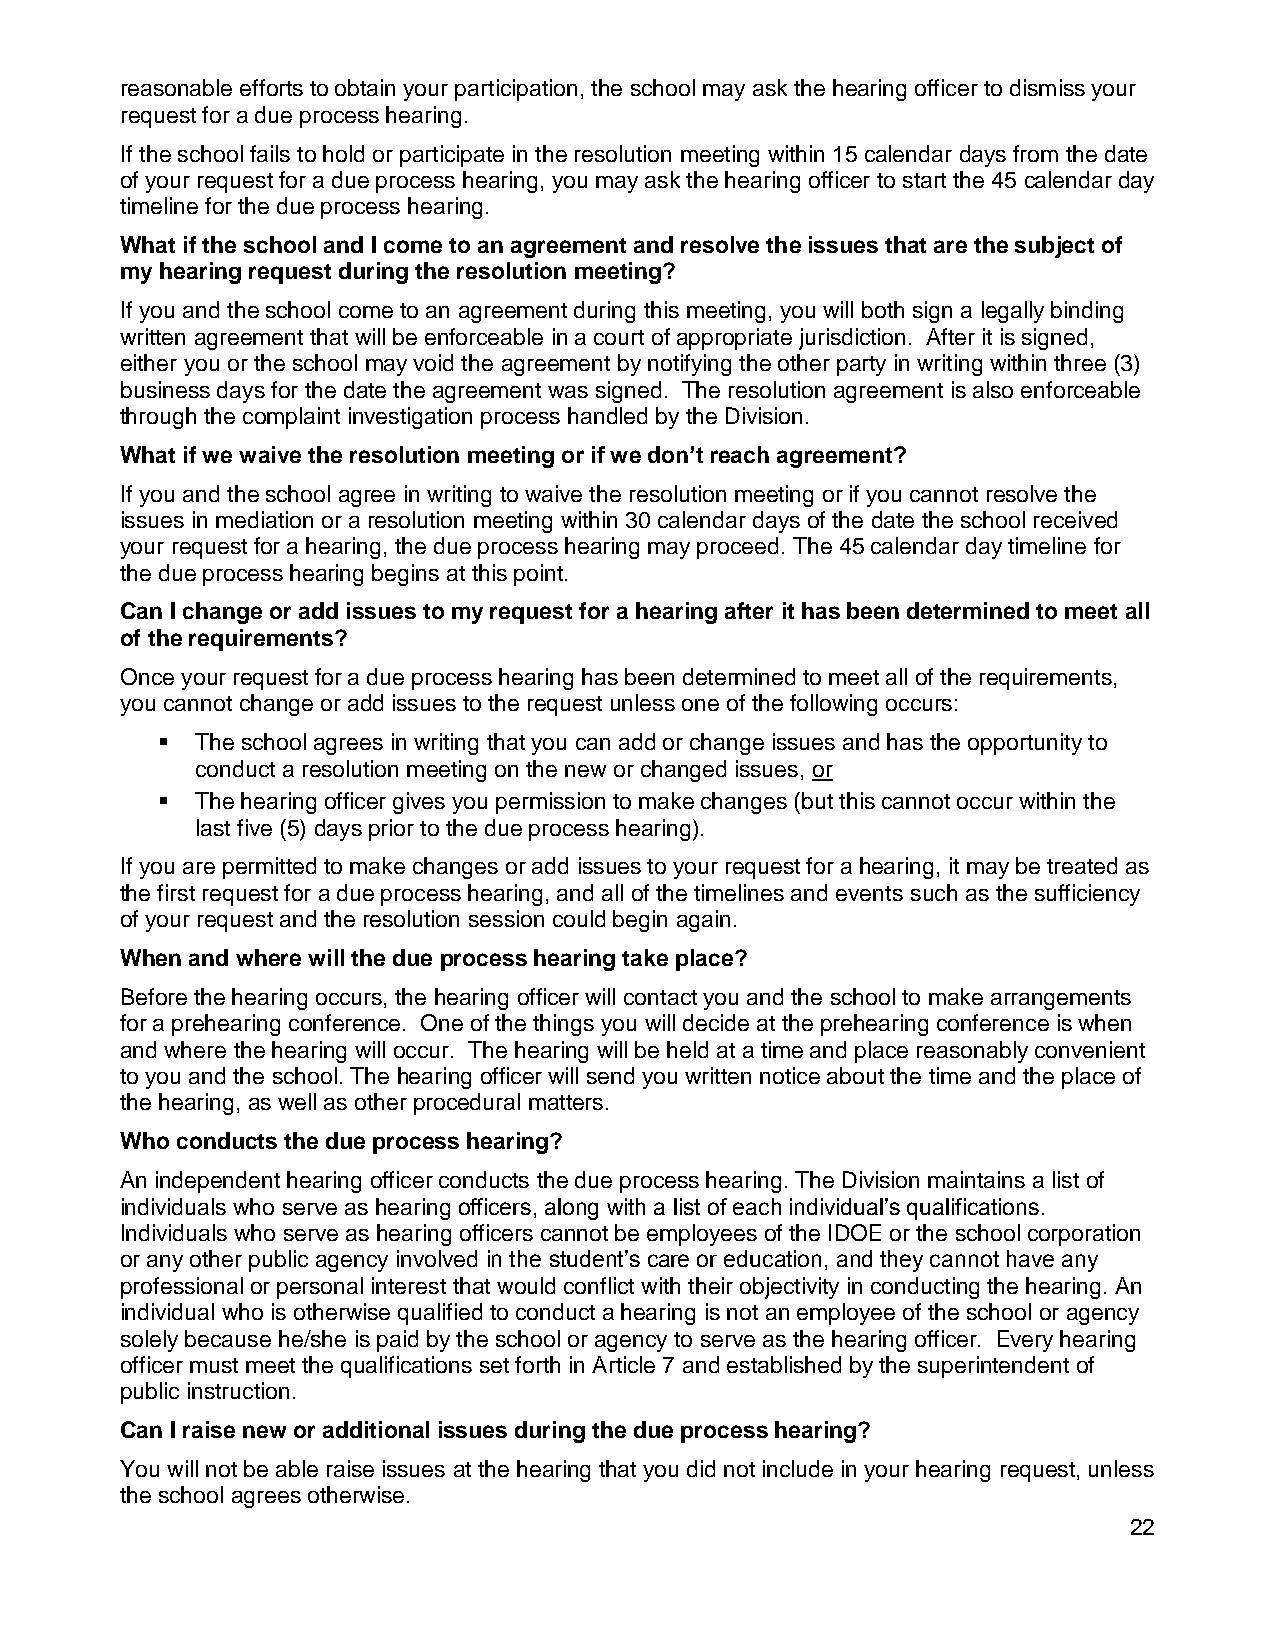
reasonable efforts to obtain your participation, the school may ask the hearing officer to dismiss your
 request for a due process hearing.
 If the school fails to hold or participate in the resolution meeting within 15 calendar days from the date
 of your request for a due process hearing, you may ask the hearing officer to start the 45 calendar day
 timeline for the due process hearing.
 What if the school and I come to an agreement and resolve the issues that are the subject of
 my hearing request during the resolution meeting?
 If you and the school come to an agreement during this meeting, you will both sign a legally binding
 written agreement that will be enforceable in a court of appropriate jurisdiction. After it is signed,
 either you or the school may void the agreement by notifying the other party in writing within three (3)
 business days for the date the agreement was signed. The resolution agreement is also enforceable
 through the complaint investigation process handled by the Division.
 What if we waive the resolution meeting or if we don’t reach agreement?
 If you and the school agree in writing to waive the resolution meeting or if you cannot resolve the
 issues in mediation or a resolution meeting within 30 calendar days of the date the school received
 your request for a hearing, the due process hearing may proceed. The 45 calendar day timeline for
 the due process hearing begins at this point.
 Can I change or add issues to my request for a hearing after it has been determined to meet all
 of the requirements?
 Once your request for a due process hearing has been determined to meet all of the requirements,
 you cannot change or add issues to the request unless one of the following occurs:
   The school agrees in writing that you can add or change issues and has the opportunity to
 conduct a resolution meeting on the new or changed issues, or
   The hearing officer gives you permission to make changes (but this cannot occur within the
 last five (5) days prior to the due process hearing).
 If you are permitted to make changes or add issues to your request for a hearing, it may be treated as
 the first request for a due process hearing, and all of the timelines and events such as the sufficiency
 of your request and the resolution session could begin again.
 When and where will the due process hearing take place?
 Before the hearing occurs, the hearing officer will contact you and the school to make arrangements
 for a prehearing conference. One of the things you will decide at the prehearing conference is when
 and where the hearing will occur. The hearing will be held at a time and place reasonably convenient
 to you and the school. The hearing officer will send you written notice about the time and the place of
 the hearing, as well as other procedural matters.
 Who conducts the due process hearing?
 An independent hearing officer conducts the due process hearing. The Division maintains a list of
 individuals who serve as hearing officers, along with a list of each individual’s qualifications.
 Individuals who serve as hearing officers cannot be employees of the IDOE or the school corporation
 or any other public agency involved in the student’s care or education, and they cannot have any
 professional or personal interest that would conflict with their objectivity in conducting the hearing. An
 individual who is otherwise qualified to conduct a hearing is not an employee of the school or agency
 solely because he/she is paid by the school or agency to serve as the hearing officer. Every hearing
 officer must meet the qualifications set forth in Article 7 and established by the superintendent of
 public instruction.
 Can I raise new or additional issues during the due process hearing?
 You will not be able raise issues at the hearing that you did not include in your hearing request, unless
 the school agrees otherwise.
 22